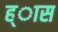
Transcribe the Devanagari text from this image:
ह्ास